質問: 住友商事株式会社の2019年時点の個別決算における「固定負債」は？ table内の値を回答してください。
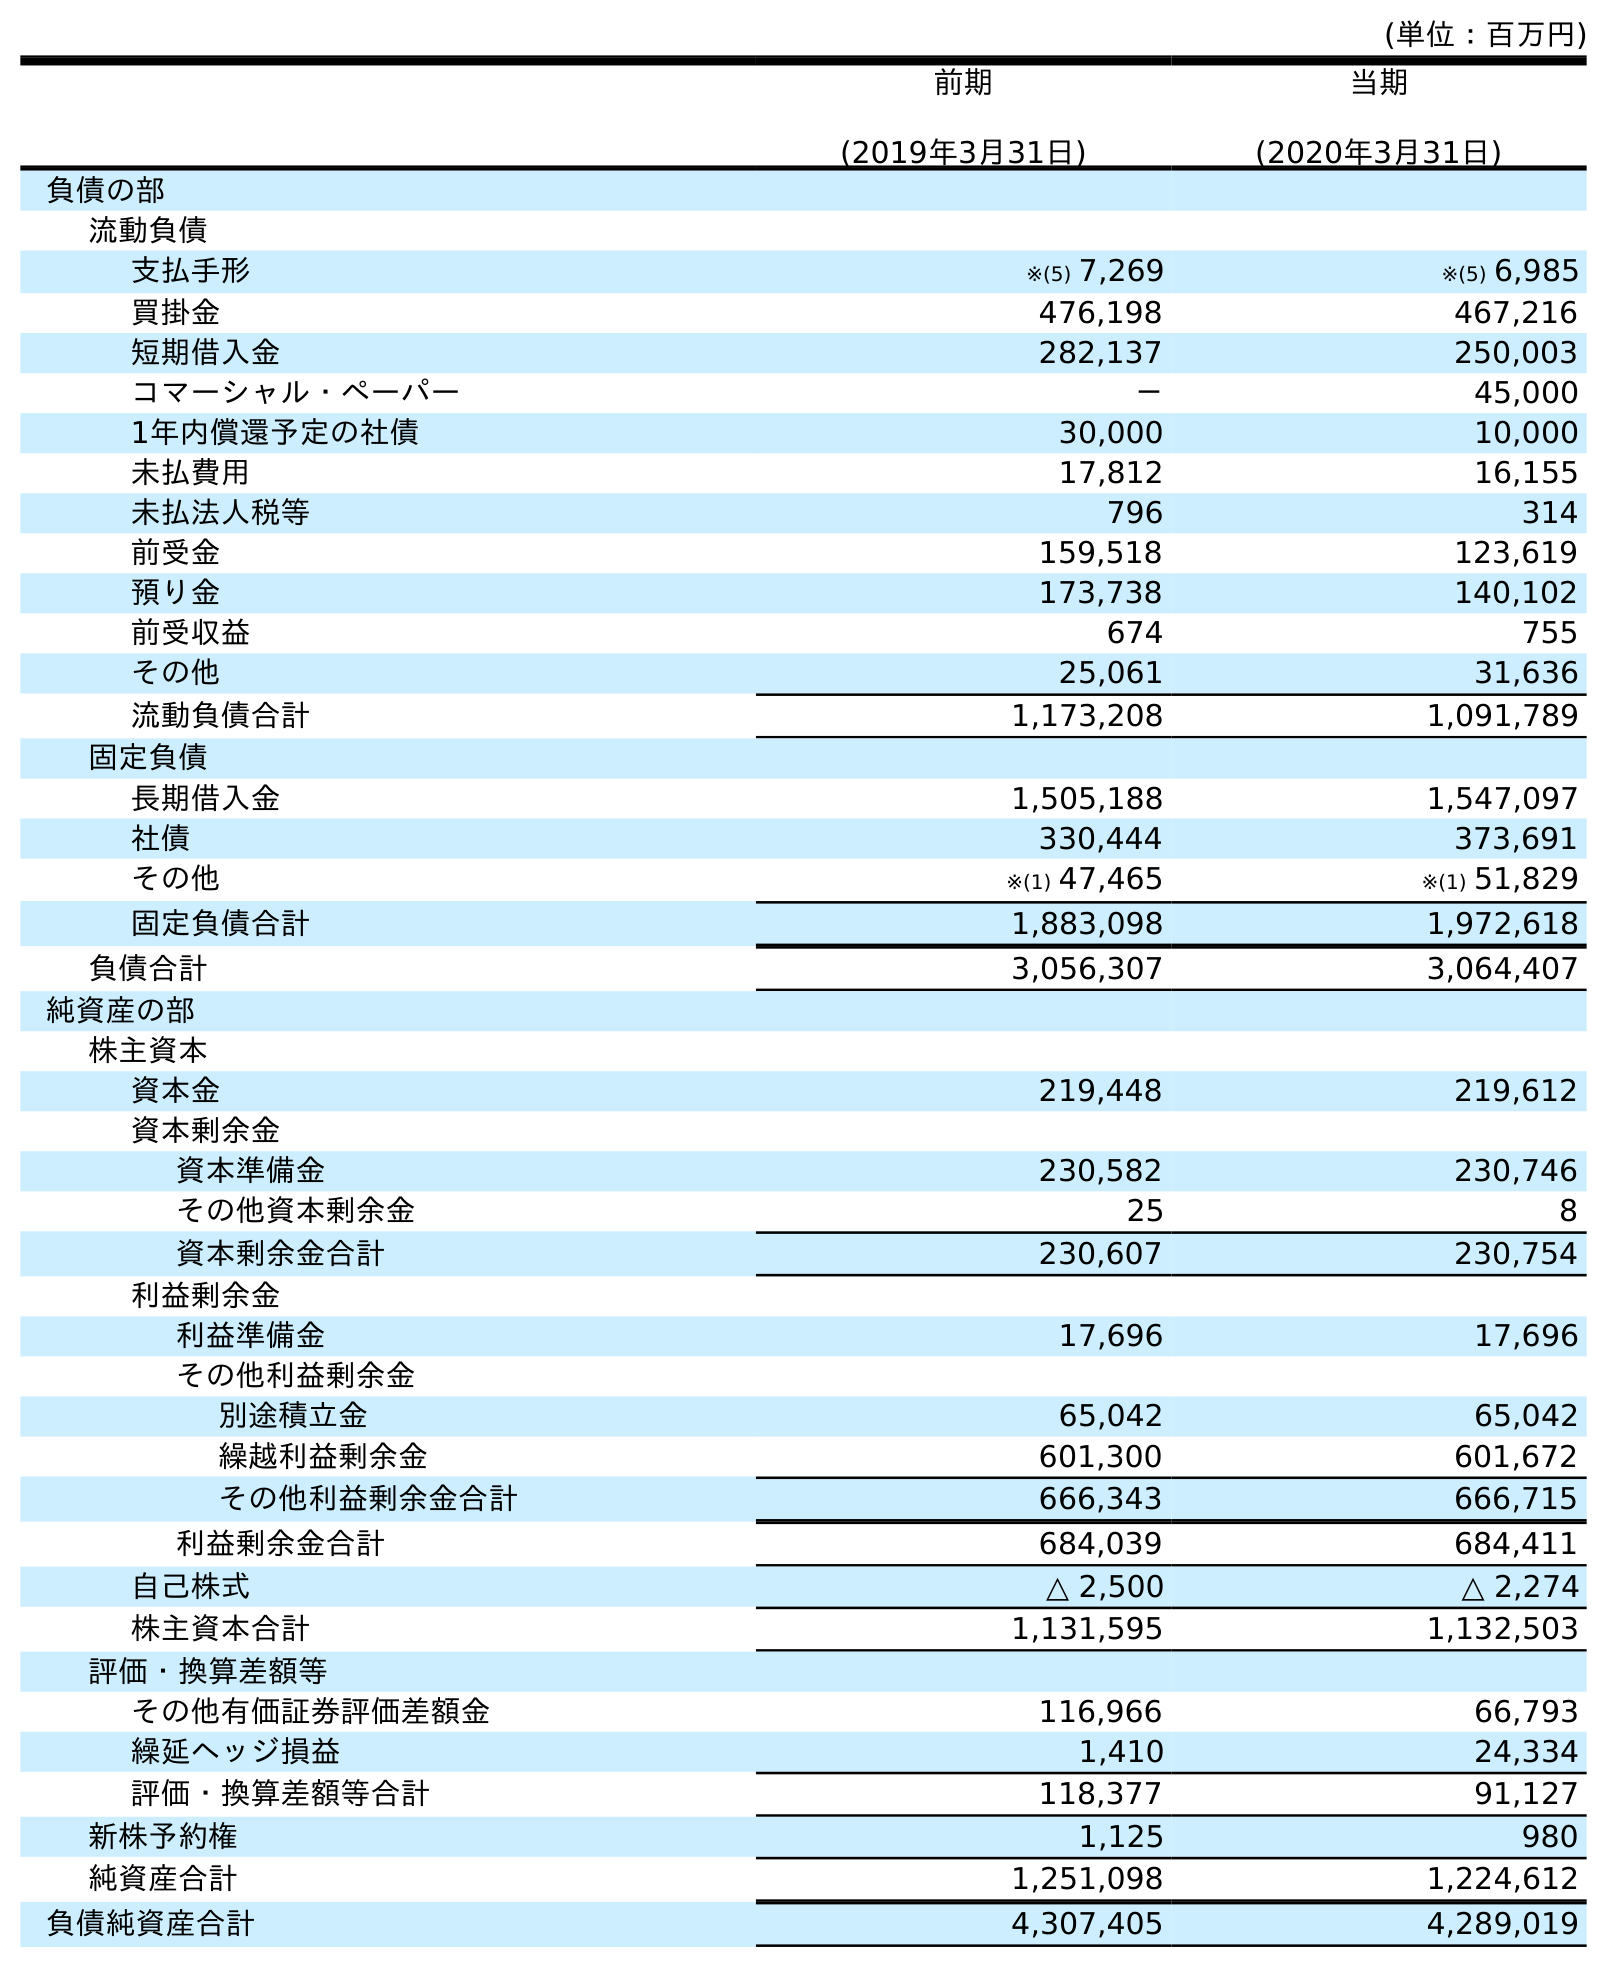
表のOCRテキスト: (単位：百万円) 前期 (2019年3月31日) 当期 (2020年3月31日) 負債の部 流動負債 支払手形 ※(5) 7,269 ※(5) 6,985 買掛金 476,198 467,216 短期借入金 282,137 250,003 コマーシャル・ペーパー － 45,000 1年内償還予定の社債 30,000 10,000 未払費用 17,812 16,155 未払法人税等 796 314 前受金 159,518 123,619 預り金 173,738 140,102 前受収益 674 755 その他 25,061 31,636 流動負債合計 1,173,208 1,091,789 固定負債 長期借入金 1,505,188 1,547,097 社債 330,444 373,691 その他 ※(1) 47,465 ※(1) 51,829 固定負債合計 1,883,098 1,972,618 負債合計 3,056,307 3,064,407 純資産の部 株主資本 資本金 219,448 219,612 資本剰余金 資本準備金 230,582 230,746 その他資本剰余金 25 8 資本剰余金合計 230,607 230,754 利益剰余金 利益準備金 17,696 17,696 その他利益剰余金 別途積立金 65,042 65,042 繰越利益剰余金 601,300 601,672 その他利益剰余金合計 666,343 666,715 利益剰余金合計 684,039 684,411 自己株式 △ 2,500 △ 2,274 株主資本合計 1,131,595 1,132,503 評価・換算差額等 その他有価証券評価差額金 116,966 66,793 繰延ヘッジ損益 1,410 24,334 評価・換算差額等合計 118,377 91,127 新株予約権 1,125 980 純資産合計 1,251,098 1,224,612 負債純資産合計 4,307,405 4,289,019
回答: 1,883,098